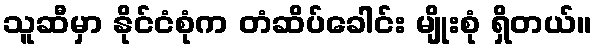
သူဆီမှာ နိုင်ငံစုံက တံဆိပ်ခေါင်း မျိုးစုံ ရှိတယ်။